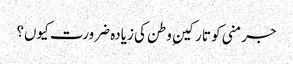
جرمنی کو تارکینِ وطن کی زیادہ ضرورت کیوں؟